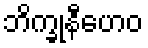
ဘိက္ခုနီဟေဝ